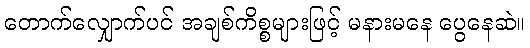
တောက်လျှောက်ပင် အချစ်ကိစ္စများဖြင့် မနားမနေ ပွေနေဆဲ။